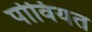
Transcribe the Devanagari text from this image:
पोवियत